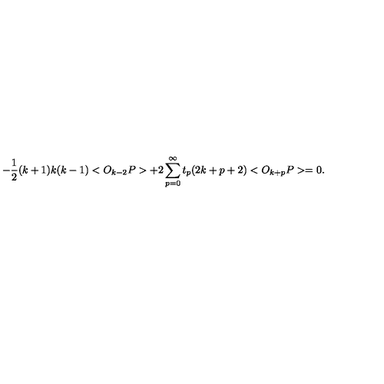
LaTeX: - \frac { 1 } { 2 } ( k + 1 ) k ( k - 1 ) < O _ { k - 2 } P > + 2 \sum _ { p = 0 } ^ { \infty } t _ { p } ( 2 k + p + 2 ) < O _ { k + p } P > = 0 .